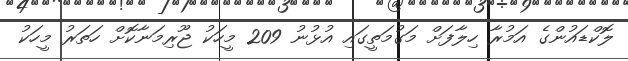
ލޮކްޑައުންގެ އަމުރާ ހިލާފަށް މަގުމަތީގައި އުޅުނު 209 މީހަކު ޖޫރިމަނާކޮށް ހަތަރު މީހަކު